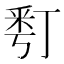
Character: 𠄚